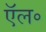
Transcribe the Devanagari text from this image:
ऍल॰